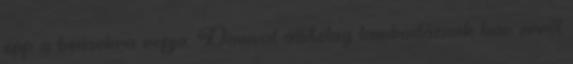
épp a beásokra ropja, Danival állítólag lambadázunk bár erről